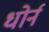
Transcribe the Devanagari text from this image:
धोर्न